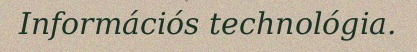
Információs technológia.